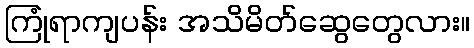
ကြုံရာကျပန်း အသိမိတ်ဆွေတွေလား။